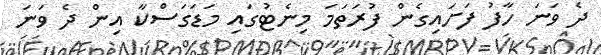
ދެ ވަނަ ހާފު ފަށައިގެން ފުރަތަމަ މިނެޓުގައި މަޑަގަސްކާ އިން ދެ ވަނަ